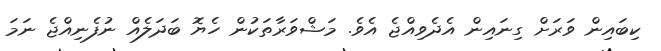
ކިބައިން ވަރަށް ގިނައިން އެދެވިއްޖެ އެވެ. މަޝްވަރާތަކުން ހެޔޮ ބަދަލެއް ނުފެނިއްޖެ ނަމަ